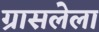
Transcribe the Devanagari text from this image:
ग्रासलेला